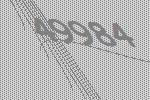
49984